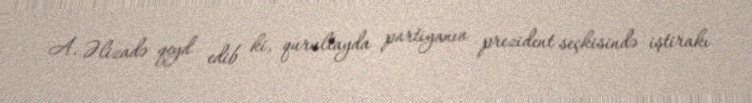
A. Əlizadə qeyd edib ki, qurultayda partiyanın prezident seçkisində iştirakı